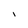
Character: l